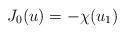
LaTeX: \begin{align*} J_{0}(u)=-\chi(u_{1})\end{align*}